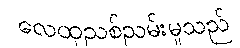
လေထုညစ်ညမ်းမှုသည်